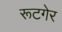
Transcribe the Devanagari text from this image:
रूटगेर